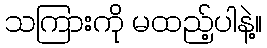
သကြားကို မထည့်ပါနဲ့။